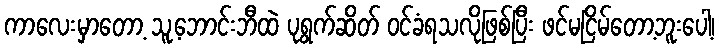
ကာလေးမှာတော့ သူ့ဘောင်းဘီထဲ ပုရွက်ဆိတ် ဝင်ခံရသလိုဖြစ်ပြီး ဖင်မငြိမ်တော့ဘူးပေါ့၊